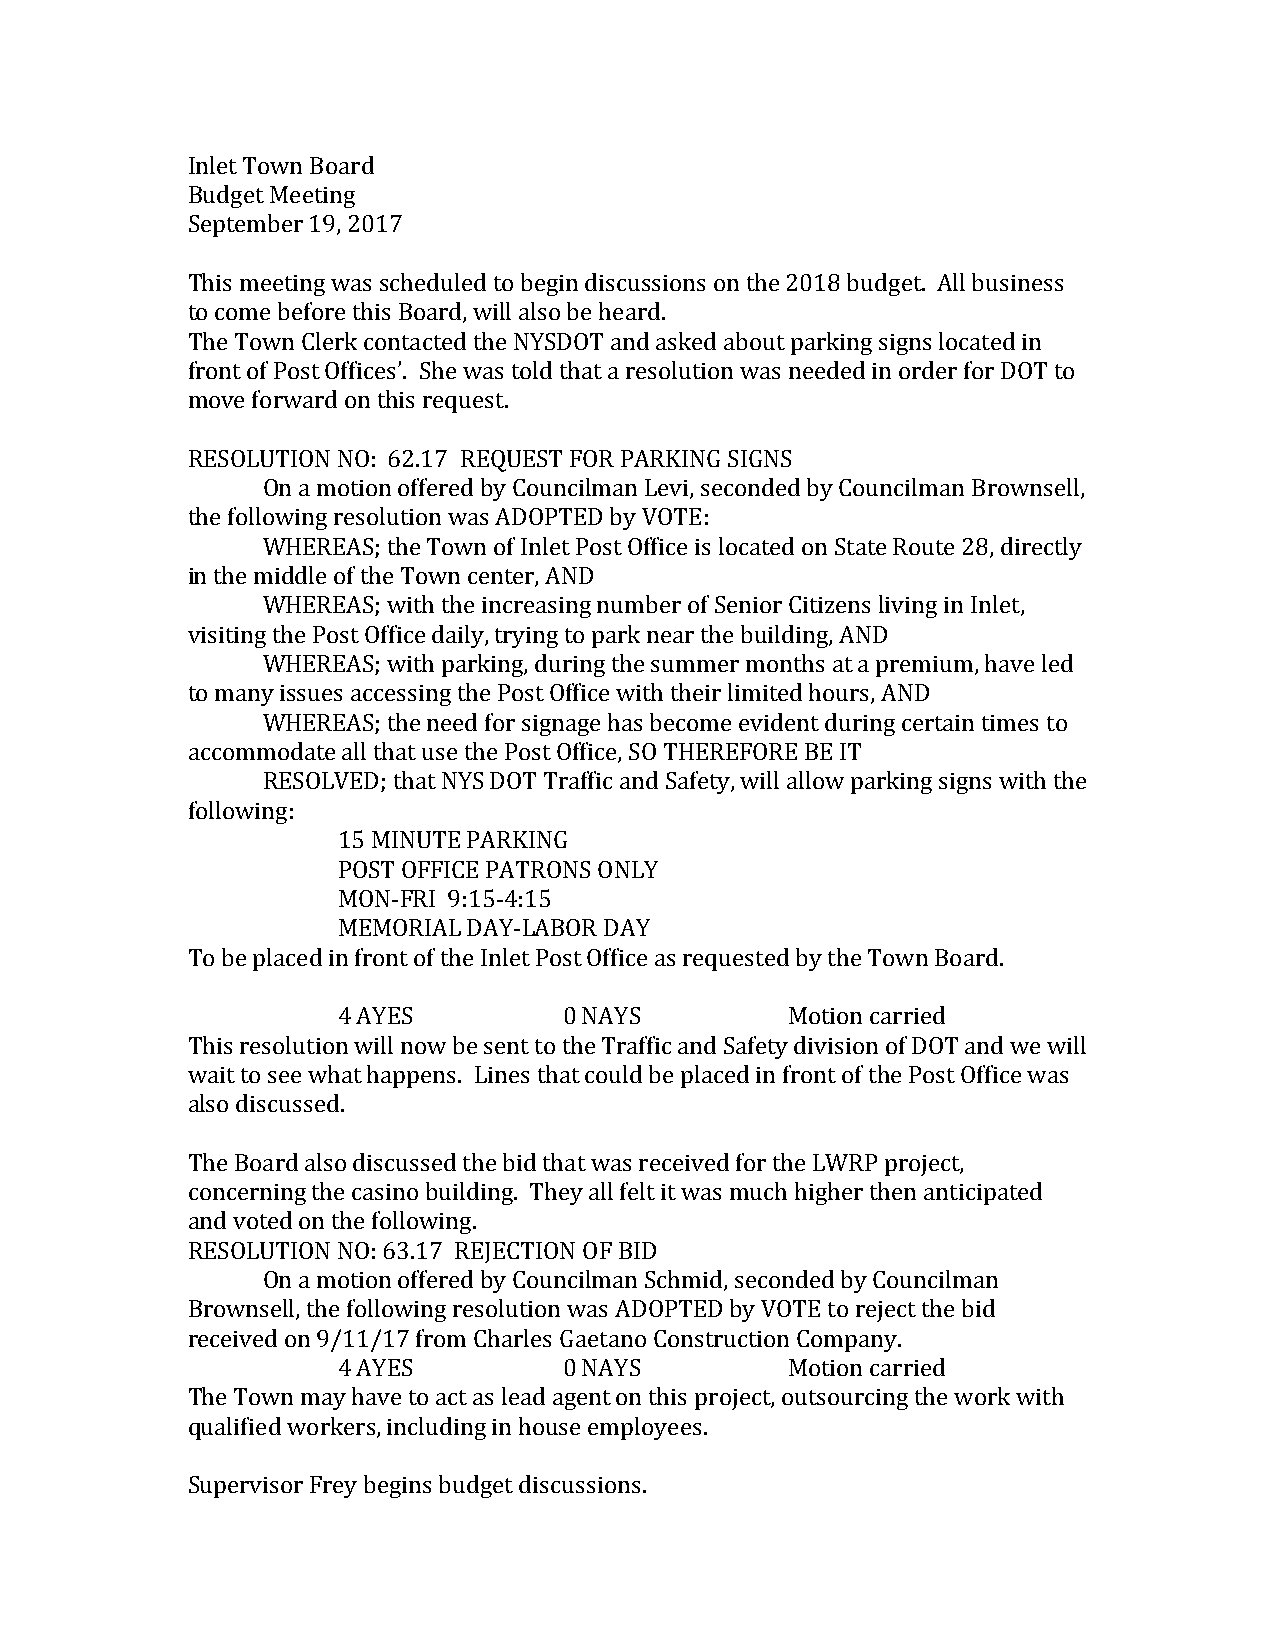
Inlet Town Board
 Budget Meeting
 September 19, 2017
 This meeting was scheduled to begin discussions on the 2018 budget. All business
 to come before this Board, will also be heard.
 The Town Clerk contacted the NYSDOT and asked about parking signs located in
 front of Post Offices’. She was told that a resolution was needed in order for DOT to
 move forward on this request.
 RESOLUTION NO: 62.17 REQUEST FOR PARKING SIGNS
 On a motion offered by Councilman Levi, seconded by Councilman Brownsell,
 the following resolution was ADOPTED by VOTE:
 WHEREAS; the Town of Inlet Post Office is located on State Route 28, directly
 in the middle of the Town center, AND
 WHEREAS; with the increasing number of Senior Citizens living in Inlet,
 visiting the Post Office daily, trying to park near the building, AND
 WHEREAS; with parking, during the summer months at a premium, have led
 to many issues accessing the Post Office with their limited hours, AND
 WHEREAS; the need for signage has become evident during certain times to
 accommodate all that use the Post Office, SO THEREFORE BE IT
 RESOLVED; that NYS DOT Traffic and Safety, will allow parking signs with the
 following:
 15 MINUTE PARKING
 POST OFFICE PATRONS ONLY
 MON-­‐FRI 9:15-­‐4:15
 MEMORIAL DAY-­‐LABOR DAY
 To be placed in front of the Inlet Post Office as requested by the Town Board.
 4 AYES         0 NAYS         Motion carried
 This resolution will now be sent to the Traffic and Safety division of DOT and we will
 wait to see what happens. Lines that could be placed in front of the Post Office was
 also discussed.
 The Board also discussed the bid that was received for the LWRP project,
 concerning the casino building. They all felt it was much higher then anticipated
 and voted on the following.
 RESOLUTION NO: 63.17 REJECTION OF BID
 On a motion offered by Councilman Schmid, seconded by Councilman
 Brownsell, the following resolution was ADOPTED by VOTE to reject the bid
 received on 9/11/17 from Charles Gaetano Construction Company.
 4 AYES         0 NAYS         Motion carried
 The Town may have to act as lead agent on this project, outsourcing the work with
 qualified workers, including in house employees.
 Supervisor Frey begins budget discussions.